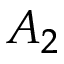
A _ { 2 }